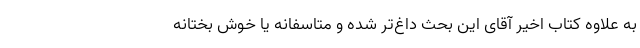
به علاوه کتاب اخیر آقای این بحث داغ‌تر شده و متاسفانه یا خوش‌ بختانه